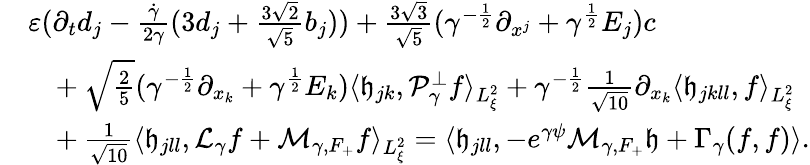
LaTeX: \begin{array}{rl}&{\varepsilon(\partial_{t}d_{j}-\frac{\dot{\gamma}}{2\gamma}(3d_{j}+\frac{3\sqrt{2}}{\sqrt{5}}b_{j}))+\frac{3\sqrt{3}}{\sqrt{5}}(\gamma^{-\frac{1}{2}}\partial_{x^{j}}+\gamma^{\frac{1}{2}}E_{j})c}\\ &{\ \ \ +\sqrt{\frac{2}{5}}(\gamma^{-\frac{1}{2}}\partial_{x_{k}}+\gamma^{\frac{1}{2}}E_{k})\langle\mathfrak h_{jk},\mathcal P_{\gamma}^{\perp}f\rangle_{L_{\xi}^{2}}+\gamma^{-\frac{1}{2}}\frac{1}{\sqrt{10}}\partial_{x_{k}}\langle\mathfrak h_{jkll},f\rangle_{L_{\xi}^{2}}}\\ &{\ \ \ +\frac{1}{\sqrt{10}}\langle\mathfrak h_{jll},\mathcal L_{\gamma}f+\mathcal M_{\gamma,F_{+}}f\rangle_{L_{\xi}^{2}}=\langle\mathfrak h_{jll},-e^{\gamma\psi}\mathcal M_{\gamma,F_{+}}\mathfrak h+\Gamma_{\gamma}(f,f)\rangle.}\end{array}